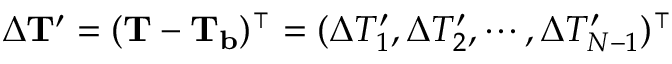
\Delta { \mathbf { T } ^ { \prime } } = ( { \mathbf { T } } - \mathbf { T _ { b } } ) ^ { \intercal } = ( \Delta T _ { 1 } ^ { \prime } , \Delta T _ { 2 } ^ { \prime } , \cdots , \Delta T _ { N - 1 } ^ { \prime } ) ^ { \intercal }